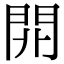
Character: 𨳡